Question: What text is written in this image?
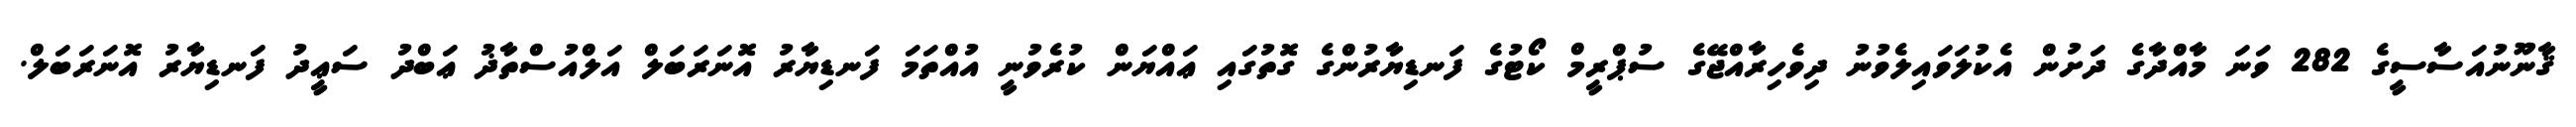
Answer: ޤާނޫނުއަސާސީގެ 282 ވަނަ މާއްދާގެ ދަށުން އެކުލަވައިލެވުނު ދިވެހިރާއްޖޭގެ ސުޕްރީމް ކޯޓުގެ ފަނޑިޔާރުންގެ ގޮތުގައި ޢައްޔަން ކުރެވުނީ އުއްތަމަ ފަނޑިޔާރު އޮނަރަބަލް އަލްއުސްތާޛު ޢަބްދު ސަޢީދު ފަނޑިޔާރު އޮނަރަބަލް.